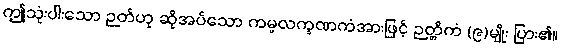
ဤသုံးပါးသော ဉတ်ဟု ဆိုအပ်သော ကမ္မလက္ခဏကံအားဖြင့် ဉတ္တိကံ (၉)မျိုး ပြား၏။